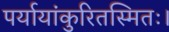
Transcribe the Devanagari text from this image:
पर्यायांकुरितस्मितः।